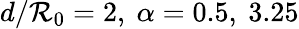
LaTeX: d/\mathcal{R}_{0}=2,\ \alpha=0.5,\ 3.25